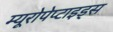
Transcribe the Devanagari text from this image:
म्यूरोपेप्टाइड्स